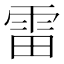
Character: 雷